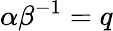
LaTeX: \alpha\beta^{-1}=q